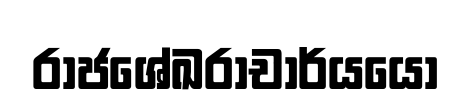
රාජශේඛරාචාර්යයෝ